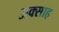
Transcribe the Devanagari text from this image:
अक्साह